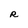
Character: R